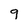
Character: 9